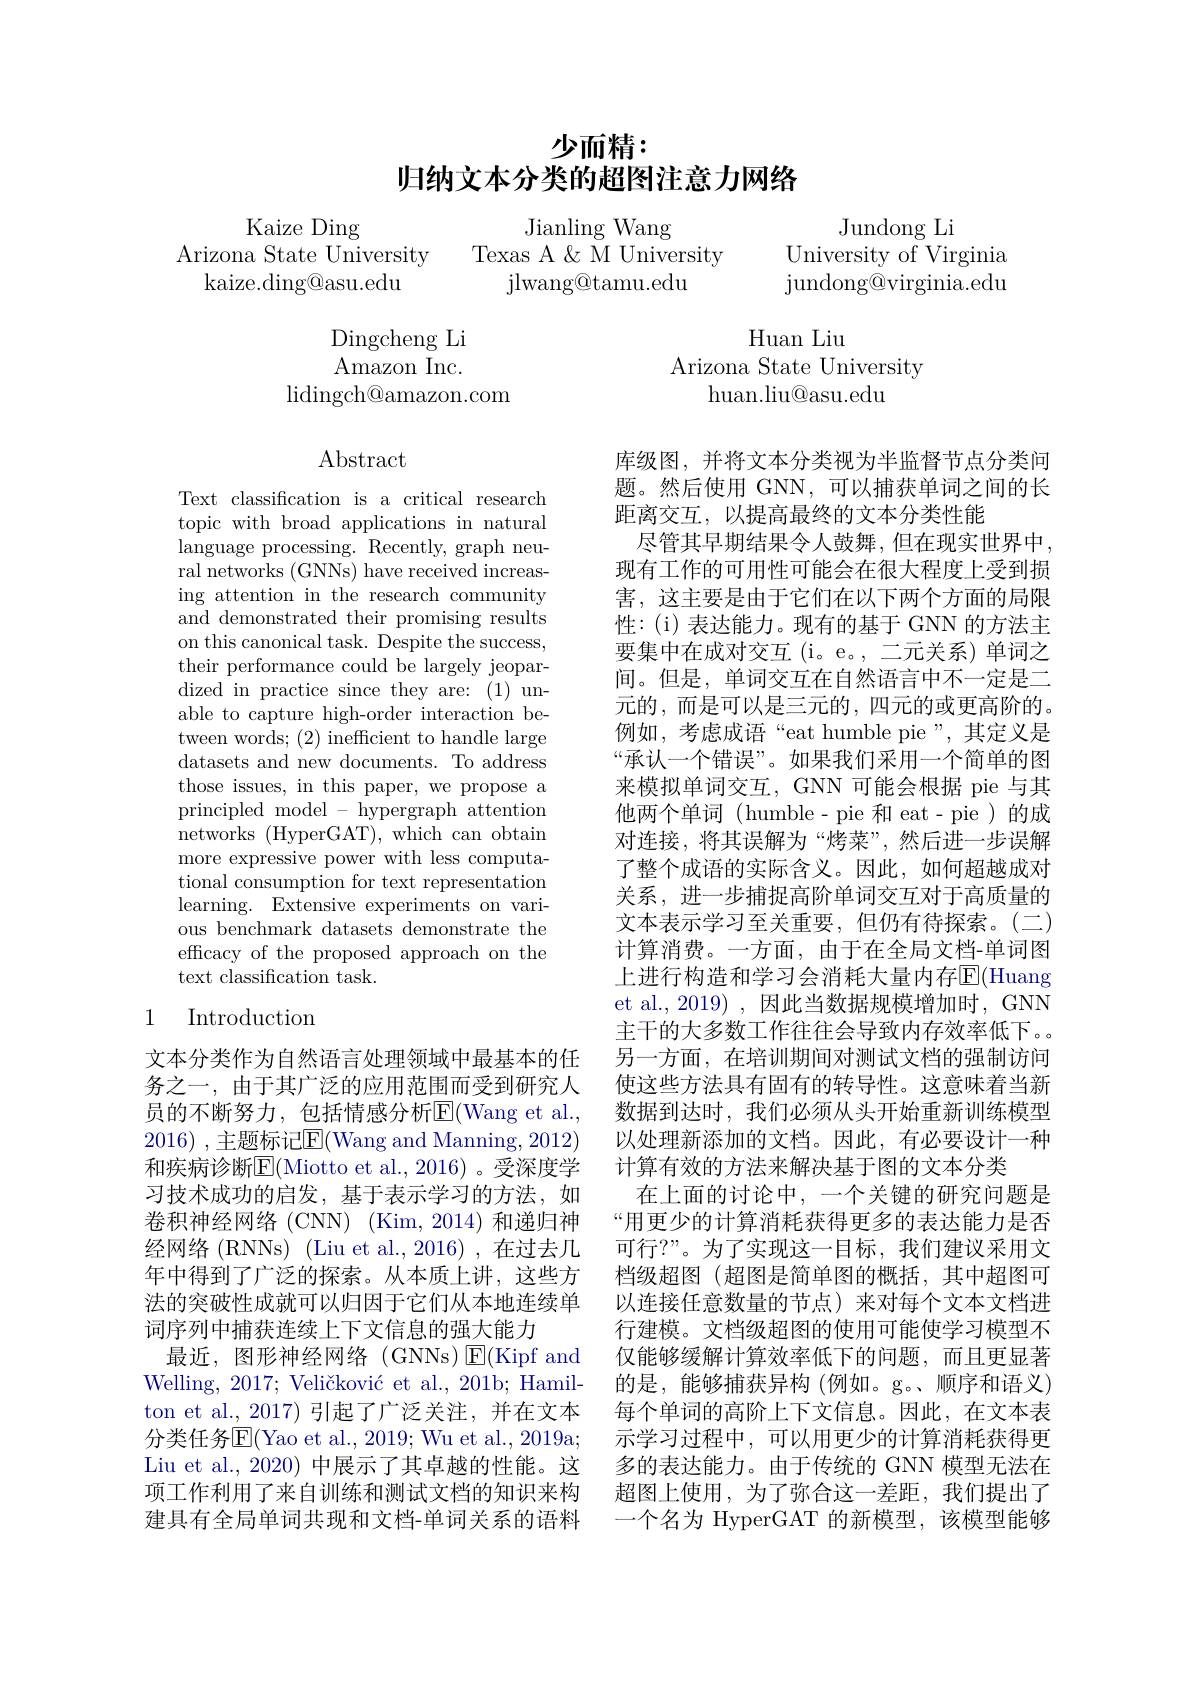
# 少而精： 归纳文本分类的超图注意力网络

Kaize Ding
${\mathrm{Arizona~State~University}}$
kaize.ding@asu.edu

Jianling Wang
Texas A & M University
jlwang@tamu.edu

Jundong Li
University of Virginia ${\mathrm{jundong@virginia.edu}}$

Dingcheng Li Amazon ${\mathrm{Inc. }}$
$\operatorname{lidingch@amazon.com}$

Huan Liu
Arizona State University
huan.liu@asu.edu

$\operatorname{Abstract}$

Text classification is a critical research topic with broad applications in natural language processing. Recently, graph neural networks (GNNs) have received increasing attention in the research community and demonstrated their promising results on this canonical task. Despite the success, their performance could be largely jeopardized in practice since they are: (1) unable to capture high-order interaction between words; (2) inefficient to handle large datasets and new documents. To address those issues, in this paper, we propose a principled model - hypergraph attention networks (HyperGAT), which can obtain more expressive power with less computational consumption for text representation learning. Extensive experiments on various benchmark datasets demonstrate the efficacy of the proposed approach on the text classification task.

库级图，并将文本分类视为半监督节点分类问题。然后使用 GNN,可以捕获单词之间的长距离交互，以提高最终的文本分类性能
尽管其早期结果令人鼓舞，但在现实世界中， 现有工作的可用性可能会在很大程度上受到损害，这主要是由于它们在以下两个方面的局限性：(i)表达能力。现有的基于 GNN 的方法主要集中在成对交互(i。e。, 二元关系)单词之间。但是，单词交互在自然语言中不一定是二元的，而是可以是三元的，四元的或更高阶的。例如，考虑成语“eat humble pie”,其定义是“承认一个错误”。如果我们采用一个简单的图来模拟单词交互，GNN 可能会根据 pie 与其他两个单词(humble-pie 和 eat- pie )的成对连接，将其误解为“烤菜”,然后进一步误解了整个成语的实际含义。因此，如何超越成对关系，进一步捕捉高阶单词交互对于高质量的文本表示学习至关重要，但仍有待探索。(二) 计算消费。一方面，由于在全局文档-单词图上进行构造和学习会消耗大量内存$\overline{\mathrm{E}}($Huang et al.,2019) ,因此当数据规模增加时，GNN 主干的大多数工作往往会导致内存效率低下。。另一方面，在培训期间对测试文档的强制访问使这些方法具有固有的转导性。这意味着当新数据到达时，我们必须从头开始重新训练模型以处理新添加的文档。因此，有必要设计一种计算有效的方法来解决基于图的文本分类
在上面的讨论中，一个关键的研究问题是“用更少的计算消耗获得更多的表达能力是否可行？”。为了实现这一目标，我们建议采用文档级超图(超图是简单图的概括，其中超图可以连接任意数量的节点)来对每个文本文档进行建模。文档级超图的使用可能使学习模型不仅能够缓解计算效率低下的问题，而且更显著的是，能够捕获异构 (例如。g。、顺序和语义) 每个单词的高阶上下文信息。因此，在文本表示学习过程中，可以用更少的计算消耗获得更多的表达能力。由于传统的 GNN 模型无法在超图上使用，为了弥合这一差距，我们提出了一个名为 HyperGAT 的新模型，该模型能够

## 1 Introduction

文本分类作为自然语言处理领域中最基本的任务之一，由于其广泛的应用范围而受到研究人员的不断努力，包括情感分析$\overline{\mathrm{E}}($Wang et al. 2016),主题标记E(Wang and Manning,2012) 和疾病诊断E(Miotto et al.,2016)。受深度学习技术成功的启发，基于表示学习的方法，如卷积神经网络 (CNN) (Kim,2014) 和递归神经网络(RNNs) (Liu et al.,2016) ,在过去几年中得到了广泛的探索。从本质上讲，这些方法的突破性成就可以归因于它们从本地连续单词序列中捕获连续上下文信息的强大能力
最近，图形神经网络(GNNs)$\operatorname{E}($Kipf and Welling, $2017; \text{Veli\v {c}kovi\' {c}etal. , 201b; Hamil- }$ ton et al., 2017)引起了广泛关注，并在文本分类任务$\overline{\mathrm{E}}($Yao et al., 2019; Wu et al., 2019a; Liu et al., 2020) 中展示了其卓越的性能。这项工作利用了来自训练和测试文档的知识来构建具有全局单词共现和文档-单词关系的语料